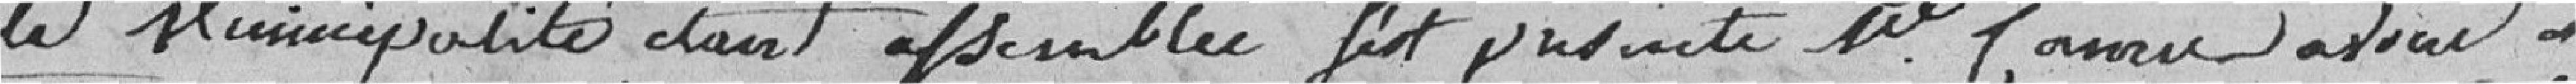
la municipalité étant assemblée